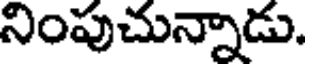
నింపుచున్నాడు.